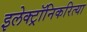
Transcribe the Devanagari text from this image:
इलेक्ट्रॉनिकरित्या